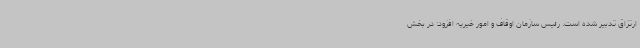
ارتزاق تدبیر شده است. رئیس سازمان اوقاف و امور خیریه افزود: در بخش